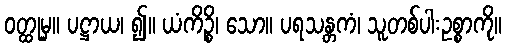
ဝတ္ထုမှ။ ပဋ္ဌာယ၊ ၍။ ယံကိဉ္စိ၊ သော။ ပရသန္တကံ၊ သူတစ်ပါးဥစ္စာကို။